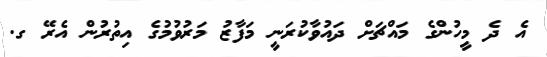
އެ ދެ މީހުންގެ މައްޗަށް ދައުވާކުރަނީ މަފާޒު މަރުވުމުގެ އިތުރުން އެރޭ ގ.